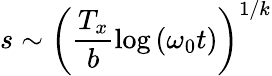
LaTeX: s\sim\left(\frac{T_{x}}{b}\log\left(\omega_{0}t\right)\right)^{1/k}